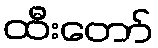
ထီးတော်